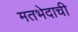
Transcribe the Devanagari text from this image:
मतभेदाची